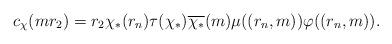
LaTeX: \begin{align*}c_{\chi}(mr_2) = r_2\chi_*(r_n) \tau(\chi_*) \overline{\chi_*}(m) \mu((r_n, m)) \varphi((r_n, m)). \end{align*}